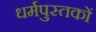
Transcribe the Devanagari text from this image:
धर्मपुस्तकों